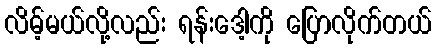
လိမ့်မယ်လို့လည်း ရန်းဒေါ့ကို ပြောလိုက်တယ်